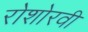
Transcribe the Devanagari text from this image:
रोशोरवी